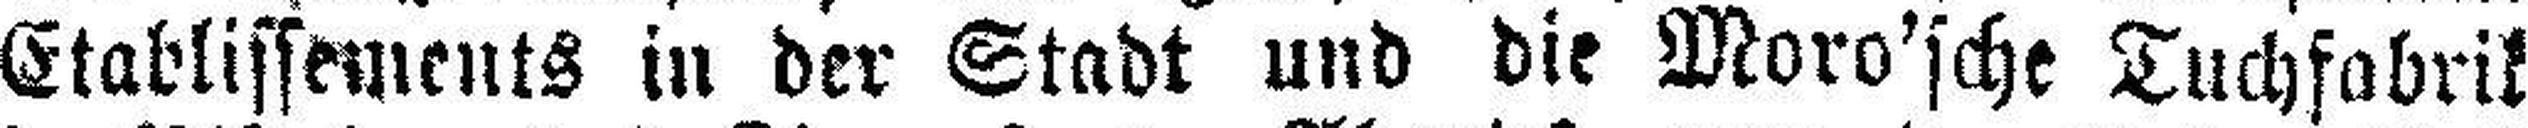
Etablissements in der Stadt und die Moro'sche Tuchfabrik